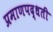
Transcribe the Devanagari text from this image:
प्रमाणपद्धती